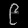
Digit: ၉